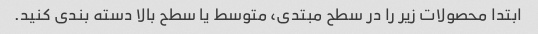
ابتدا محصولات زیر را در سطح مبتدی، متوسط یا سطح بالا دسته بندی کنید.